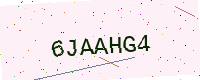
Text: 6JAAHG4